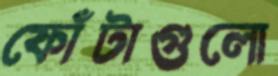
ফোঁটাগুলো